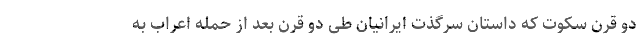
دو قرن سکوت که داستان سرگذت ایرانیان طی دو قرن بعد از حمله اعراب به